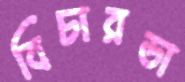
বিচারডা